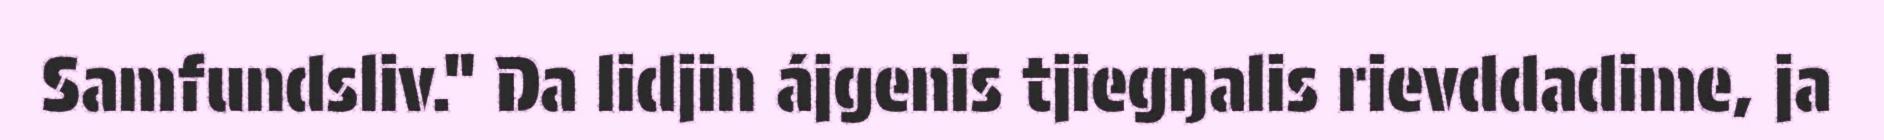
Samfundsliv." Da lidjin ájgenis tjiegŋalis rievddadime, ja